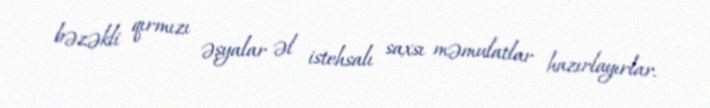
bəzəkli qırmızı əşyalar əl istehsalı saxsı məmulatlar hazırlayırlar.